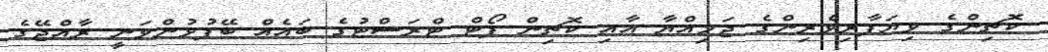
ކޮޗިންގެ ވިޔަފާރިވެރިންގެ ޖަމިއްޔާ އާއި ކޮޗިން ޕޯޓް ޓްރަސްޓުގެ ބައެއް ބޭފުޅުންވަނީ ރާއްޖޭގެ